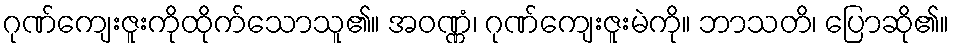
ဂုဏ်ကျေးဇူးကိုထိုက်သောသူ၏။ အဝဏ္ဏံ၊ ဂုဏ်ကျေးဇူးမဲကို။ ဘာသတိ၊ ပြောဆို၏။